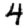
Digit: 4